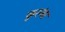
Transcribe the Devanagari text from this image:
कुरूंबा